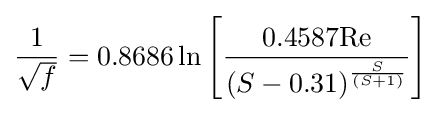
{\frac {1}{\sqrt {f}}}=0.8686\ln \left[{\frac {0.4587\mathrm {Re} }{(S-0.31)^{\frac {S}{(S+1)}}}}\right]